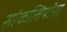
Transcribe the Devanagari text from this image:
सांकलियांना